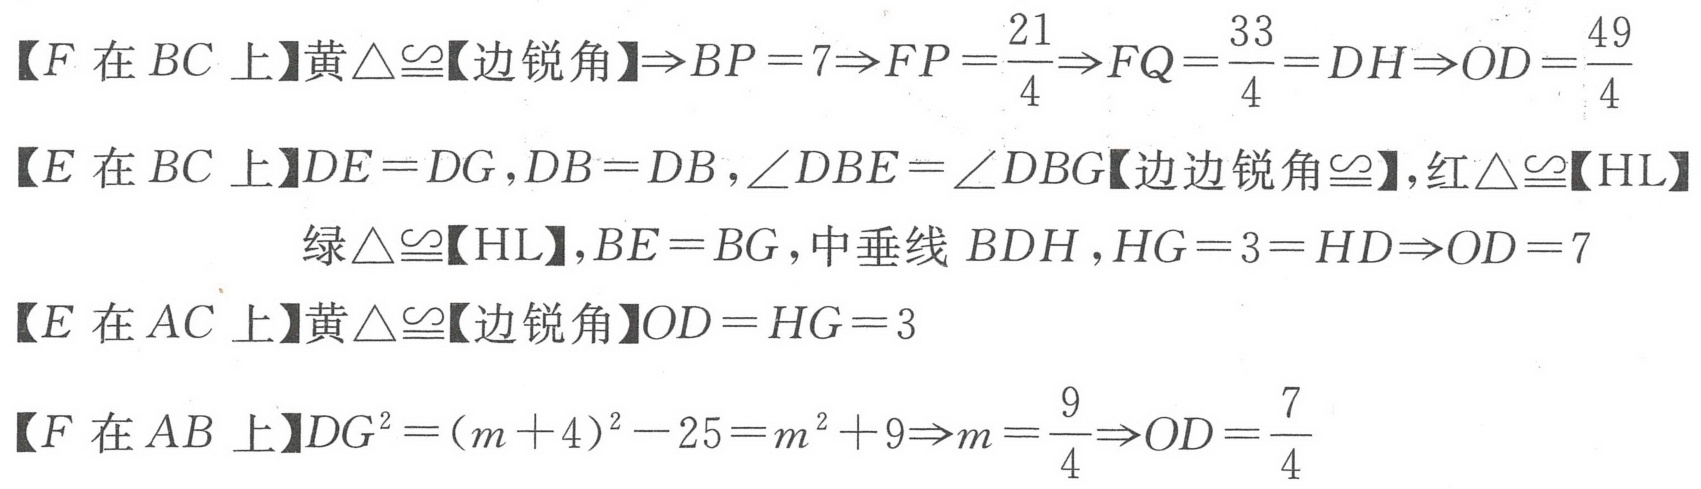
【F 在 \(BC\) 上】黄\(\triangle\cong\)【边锐角】\(\Rightarrow BP = 7\Rightarrow FP=\frac{21}{4}\Rightarrow FQ=\frac{33}{4}=DH\Rightarrow OD=\frac{49}{4}\)
【E 在 \(BC\) 上】\(DE = DG,DB = DB,\angle DBE=\angle DBG\)【边边锐角\(\cong\)】,红\(\triangle\cong\)【HL】
绿\(\triangle\cong\)【HL】,\(BE = BG\),中垂线 \(BDH\),\(HG = 3=HD\Rightarrow OD = 7\)
【E 在 \(AC\) 上】黄\(\triangle\cong\)【边锐角】\(OD = HG = 3\)
【F 在 \(AB\) 上】\(DG^{2}=(m + 4)^{2}-25=m^{2}+9\Rightarrow m=\frac{9}{4}\Rightarrow OD=\frac{7}{4}\)